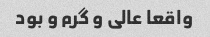
واقعا عالی و گرم و بود